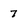
Character: 7